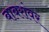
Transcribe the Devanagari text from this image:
बाबरांवर